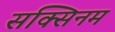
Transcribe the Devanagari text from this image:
सक्सिनम